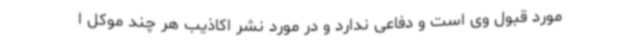
مورد قبول وی است و دفاعی ندارد و در مورد نشر اکاذیب هر چند موکل ا